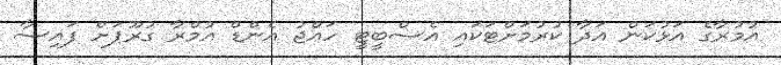
އުމުރާގެ އަޅުކަން އަދާ ކުރުމަށްޓަކައި އެސްބީޓީ ހައްޖު އެންޑް އުމްރާ ގުރޫޕަށް ފައިސާ